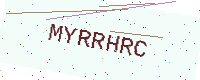
Text: MYRRHRC